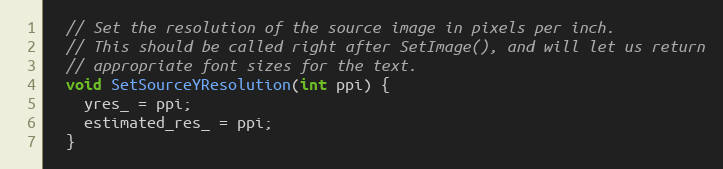
Language: C
  // Set the resolution of the source image in pixels per inch.
  // This should be called right after SetImage(), and will let us return
  // appropriate font sizes for the text.
  void SetSourceYResolution(int ppi) {
    yres_ = ppi;
    estimated_res_ = ppi;
  }